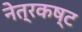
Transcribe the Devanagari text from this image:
नेत्रकष्ट